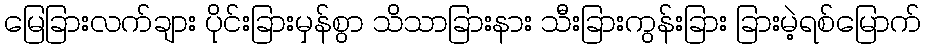
မြေခြားလက်ချား ပိုင်းခြားမှန်စွာ သိသာခြားနား သီးခြားကွန်းခြား ခြားမဲ့ရစ်မြောက်